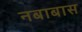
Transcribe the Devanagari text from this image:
नबाबास